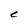
Character: C